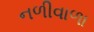
નળીવાળા